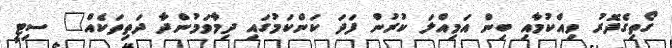
ގޯތިގެދޮރު ވިއްކުމާއި ބިން އަމިއްލަ ކުރުން ފަދަ ކަންކަމުގައި ދިމާވަމުންދާ ދަތިތަކެއް" ސިޓީ